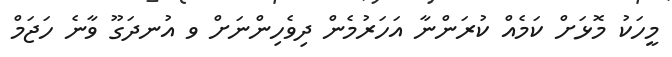
މީހަކު މޮޅަށް ކަމެއް ކުރަންނާ އަހަރުމެން ދިވެހިންނަށް ވ އުނދަގޫ ވާނެ ހަޖަމް